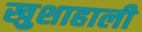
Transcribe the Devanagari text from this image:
खुशाहाली